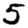
Digit: 5